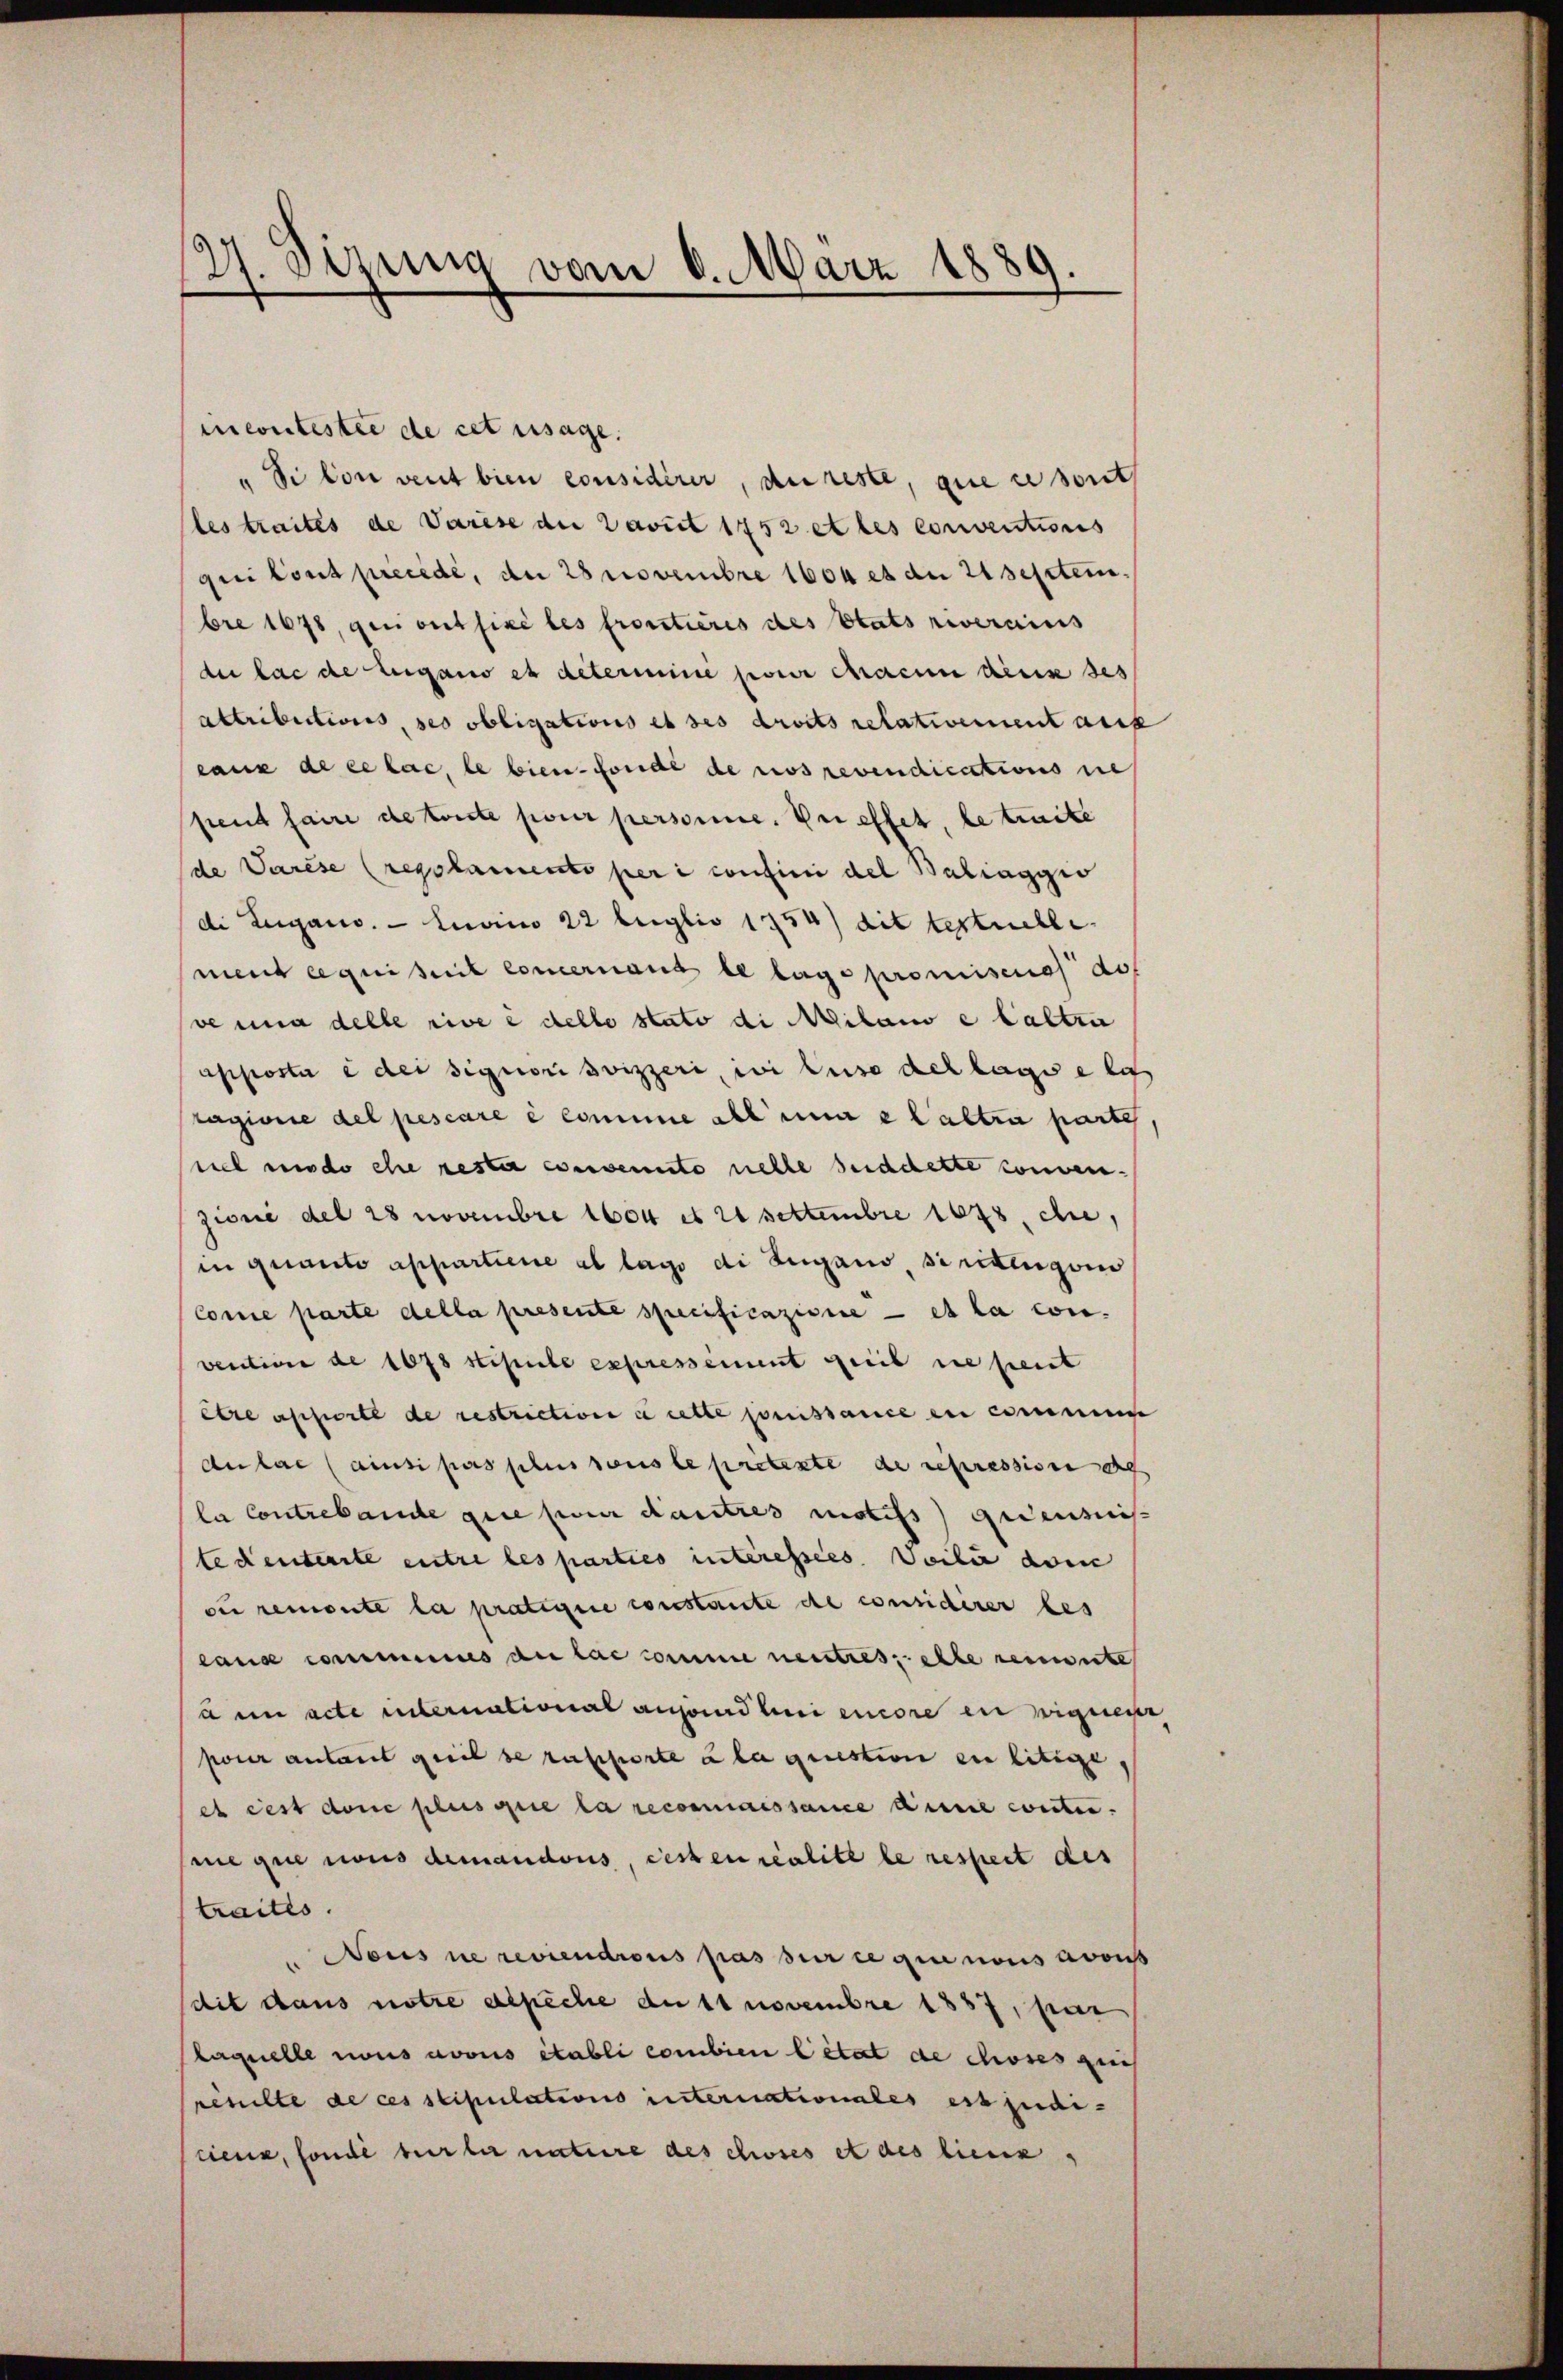
2. Sizung vom 8. März 1889.

incontestie de cet usage.
"Si von vent bien considirer, du reste, que ce sont
les traites de Varise der Davit 1752 et les conventions
qui tout precede, an 28 Novembre 1604 et an 21 Septembre 1678, qui ont fixé les frostieres des Etats reverains
de lac de beigano es deterimine pour chacun accise des
attributions, ses obligations et des droits relativement aus
eaux de ce lac, le bien fonde de ros revendications die
pent faire de toute pour personne. Der effet, le traite
de Varèse (regolamento per i confini del Baliaggio
di Lugano. — Luano 22 teglio 1754) dit testuelle
ment requisit concernant le lage promisera dof
ve una delle rive è dello stato di Milano e halten
apposta e der signori Svizzeri, ii leise dellage e las
tagione del pescare e comme allein e altra parte
viel modo che resta consenito nelle seidchette consen.
zione del 28 Novembre 1604 et 22 settembre 1878, die,
in quanto appartiene al lage di Lugano, sinklugen
Comie parte della presente specificazione — et la con-
vention de 1678 stipule expressement geeib ne peut
être assierte de restriction à cette jouissance en commun
Aulas ainsi pas plus sous le pretente de repression de
la Contrebande que pour dautres motifs gedeusis
tedenterste entre les parties interessées. Veili dom
du remonte la pratigire constante de considerer les
lans commis an lae comme neutres, elle renunte
à un acte international ausend bei encore in eignes
pour antant geeil de rasporte u la question ein litige
et cest donc plus que la reconnaissance dene conte.
ne que nous demandous, cessen realite le respect des
traites.
" Nous ne reviendrons pas sur ce qui nous avous
dit dans notre aspêche de 11 novembre 1857, fer
laquelle nous avouis établi combien Citat de choses gin
renilte de ces stipulations unternationales est judi-
ciene, sonde für der nature des chises et des lieux,